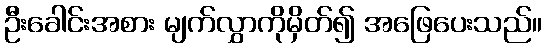
ဦးခေါင်းအစား မျက်လွှာကိုမှိတ်၍ အဖြေပေးသည်။